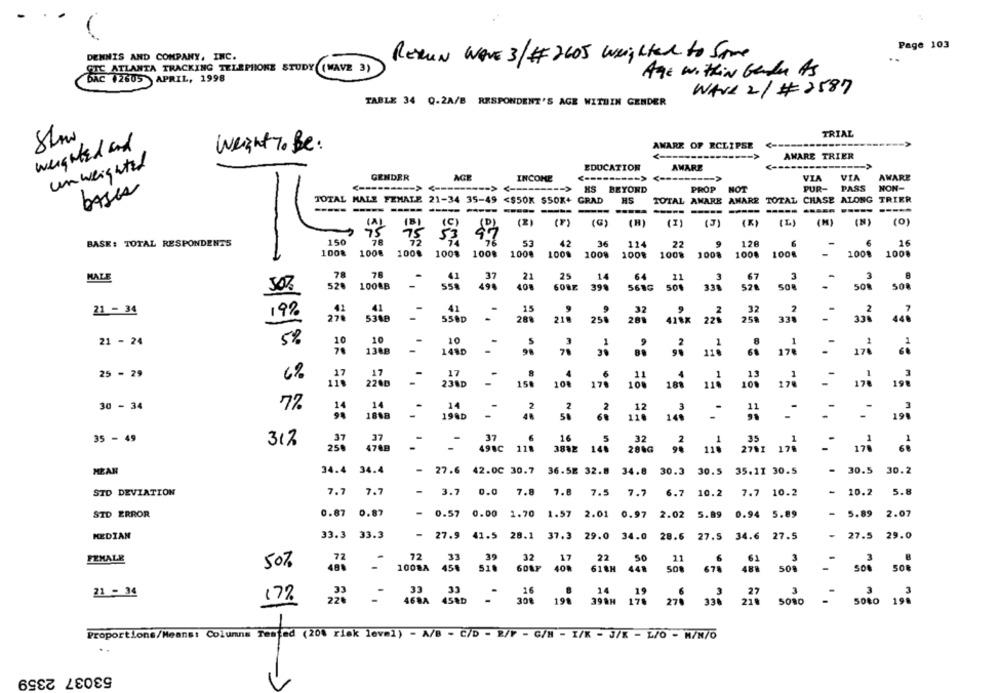
Page 103
DENNIS AND COMPANY, INC.
REMUN WAVE 3/# 2605 Weighted to Some
GTC ATLANTA TRACKING TELEPHONE STUDY (WAVE 3)
Age within Garde As
DAC 2605 APRIL, 1998
WAVE 2/ # 2587
TABLE 34 Q.2A/B RESPONDENT'S AGE WITHIN GENDER
TRIAL
weighted and
AWARE OF ECLIPSE
Weight To Be:
----- >
AWARE TRIER
unweighted
EDUCATION
AWARE
-
GENDER
AGE
INCOME
VIA
VIA
AWARE
--- >
-------
PUR-
PASS
NON-
bases
HS BEYOND
PROP
NOT
TOTAL MALE FEMALE 21-34 35-49
<$50K $SOX+ GRAD
HS
TOTAL AWARE AMARE TOTAL CHASE ALONG
TRIER
----
----
---------
----
-----
(2)
(5)
(L)
(M)
(N)
(0)
(G)
(H)
(I)
(3)
BASE: TOTAL RESPONDENTS
150
75 75
53
97
53
42
36
22
9
128
6
6
16
114
100% 1008
1008
1008
100%
1008
1009
1008
1008
1008
1008
100%
100%
1008
78
78
25
14
64
21
3
67
3
MALE
21
3
50%
528
100&B
558
40
398
561G
508
338
528
508
- 508
SO
21 - 34
19%
41
41
15
32
2
32
270
5358
250
258
530D
280
215
285
418X 226
336
5%
21 - 24
10
10
10
130B
148D
30
178
25 - 29
6%
17
17
13
2280
234D
170 100 104 101
100
30 - 34
72
14
14
3
11
1848
198D
140 -
37
35 - 49
312
37
37
16
32
35
250
478B
498C 118
3888 146
280G 96
119 2701 17
MEAN
34.4 34.4
- 27.6 42.00 30.7
36.5E 32.8 34.8 30.3 30.5 35.11 30.5
- 30.5 30.2
STD DEVIATION
- 10.2
5.8
7.7 7.7
- 3.7 0.0 7.8 7.8 7.5 7.7 6.7 10.2 7.7 10.2
STD ERROR
0.87 0.87
-
0.57 0.00 1.70 1.57 2.01 0.97 2.02 5.89 0.94 5.89
- 5.89 2.07
-
KEDIAN
33.3 33.3
27.9 41.5 28.1 37.3 29.0 34.0 28.6 27.5 34.6 27.5
27.5 29.0
FEMALE
72
72
39
32
22 50 11
6
61
3
50%
480
450
17
679
488
508
1008A
618H 448
500
- 500
21 - 34
33
.33
16
3
17%
- 468A 4580
30% 198 3981 176 270 390 237
SONO
-
Proportions/Means: Columns Tested (20% risk level) - A/B - C/D - B/F - G/H - I/K - J/K - L/O - M/N/O
53037 2359